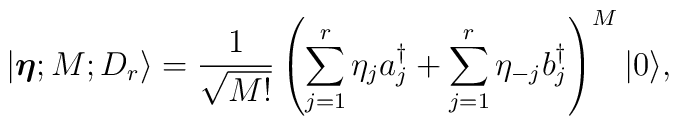
|\hbox{\boldmath{$\eta$}};M;D_r\rangle=    {1\over\sqrt{M!}}\left(\sum_{j=1}^r\eta_ja_j^\dagger    +\sum_{j=1}^r\eta_{-j}b_j^\dagger\right)^M|0\rangle,